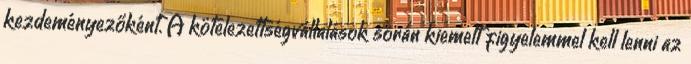
kezdeményezőként. A kötelezettségvállalások során kiemelt figyelemmel kell lenni az